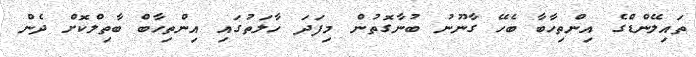
ތައިލޭންޑްގެ އިންތިހާބާ ބެހޭ ގާނޫނު ބުނާގޮތުން މިފަދަ ހާލަތުގައި އިންތިހާބް ބާތިލްކޮށް ދެން